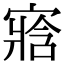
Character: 𡪁